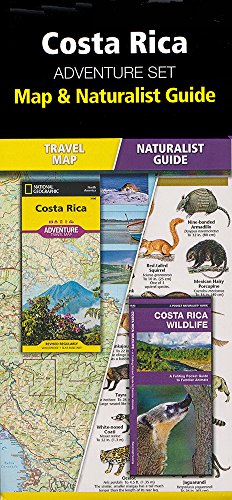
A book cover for Costa Rica Adventure Set; Travel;